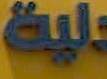
عالية